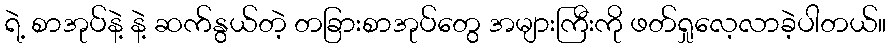
ရဲ့ စာအုပ်နဲ့ နဲ့ ဆက်နွယ်တဲ့ တခြားစာအုပ်တွေ အများကြီးကို ဖတ်ရှုလေ့လာခဲ့ပါတယ်။